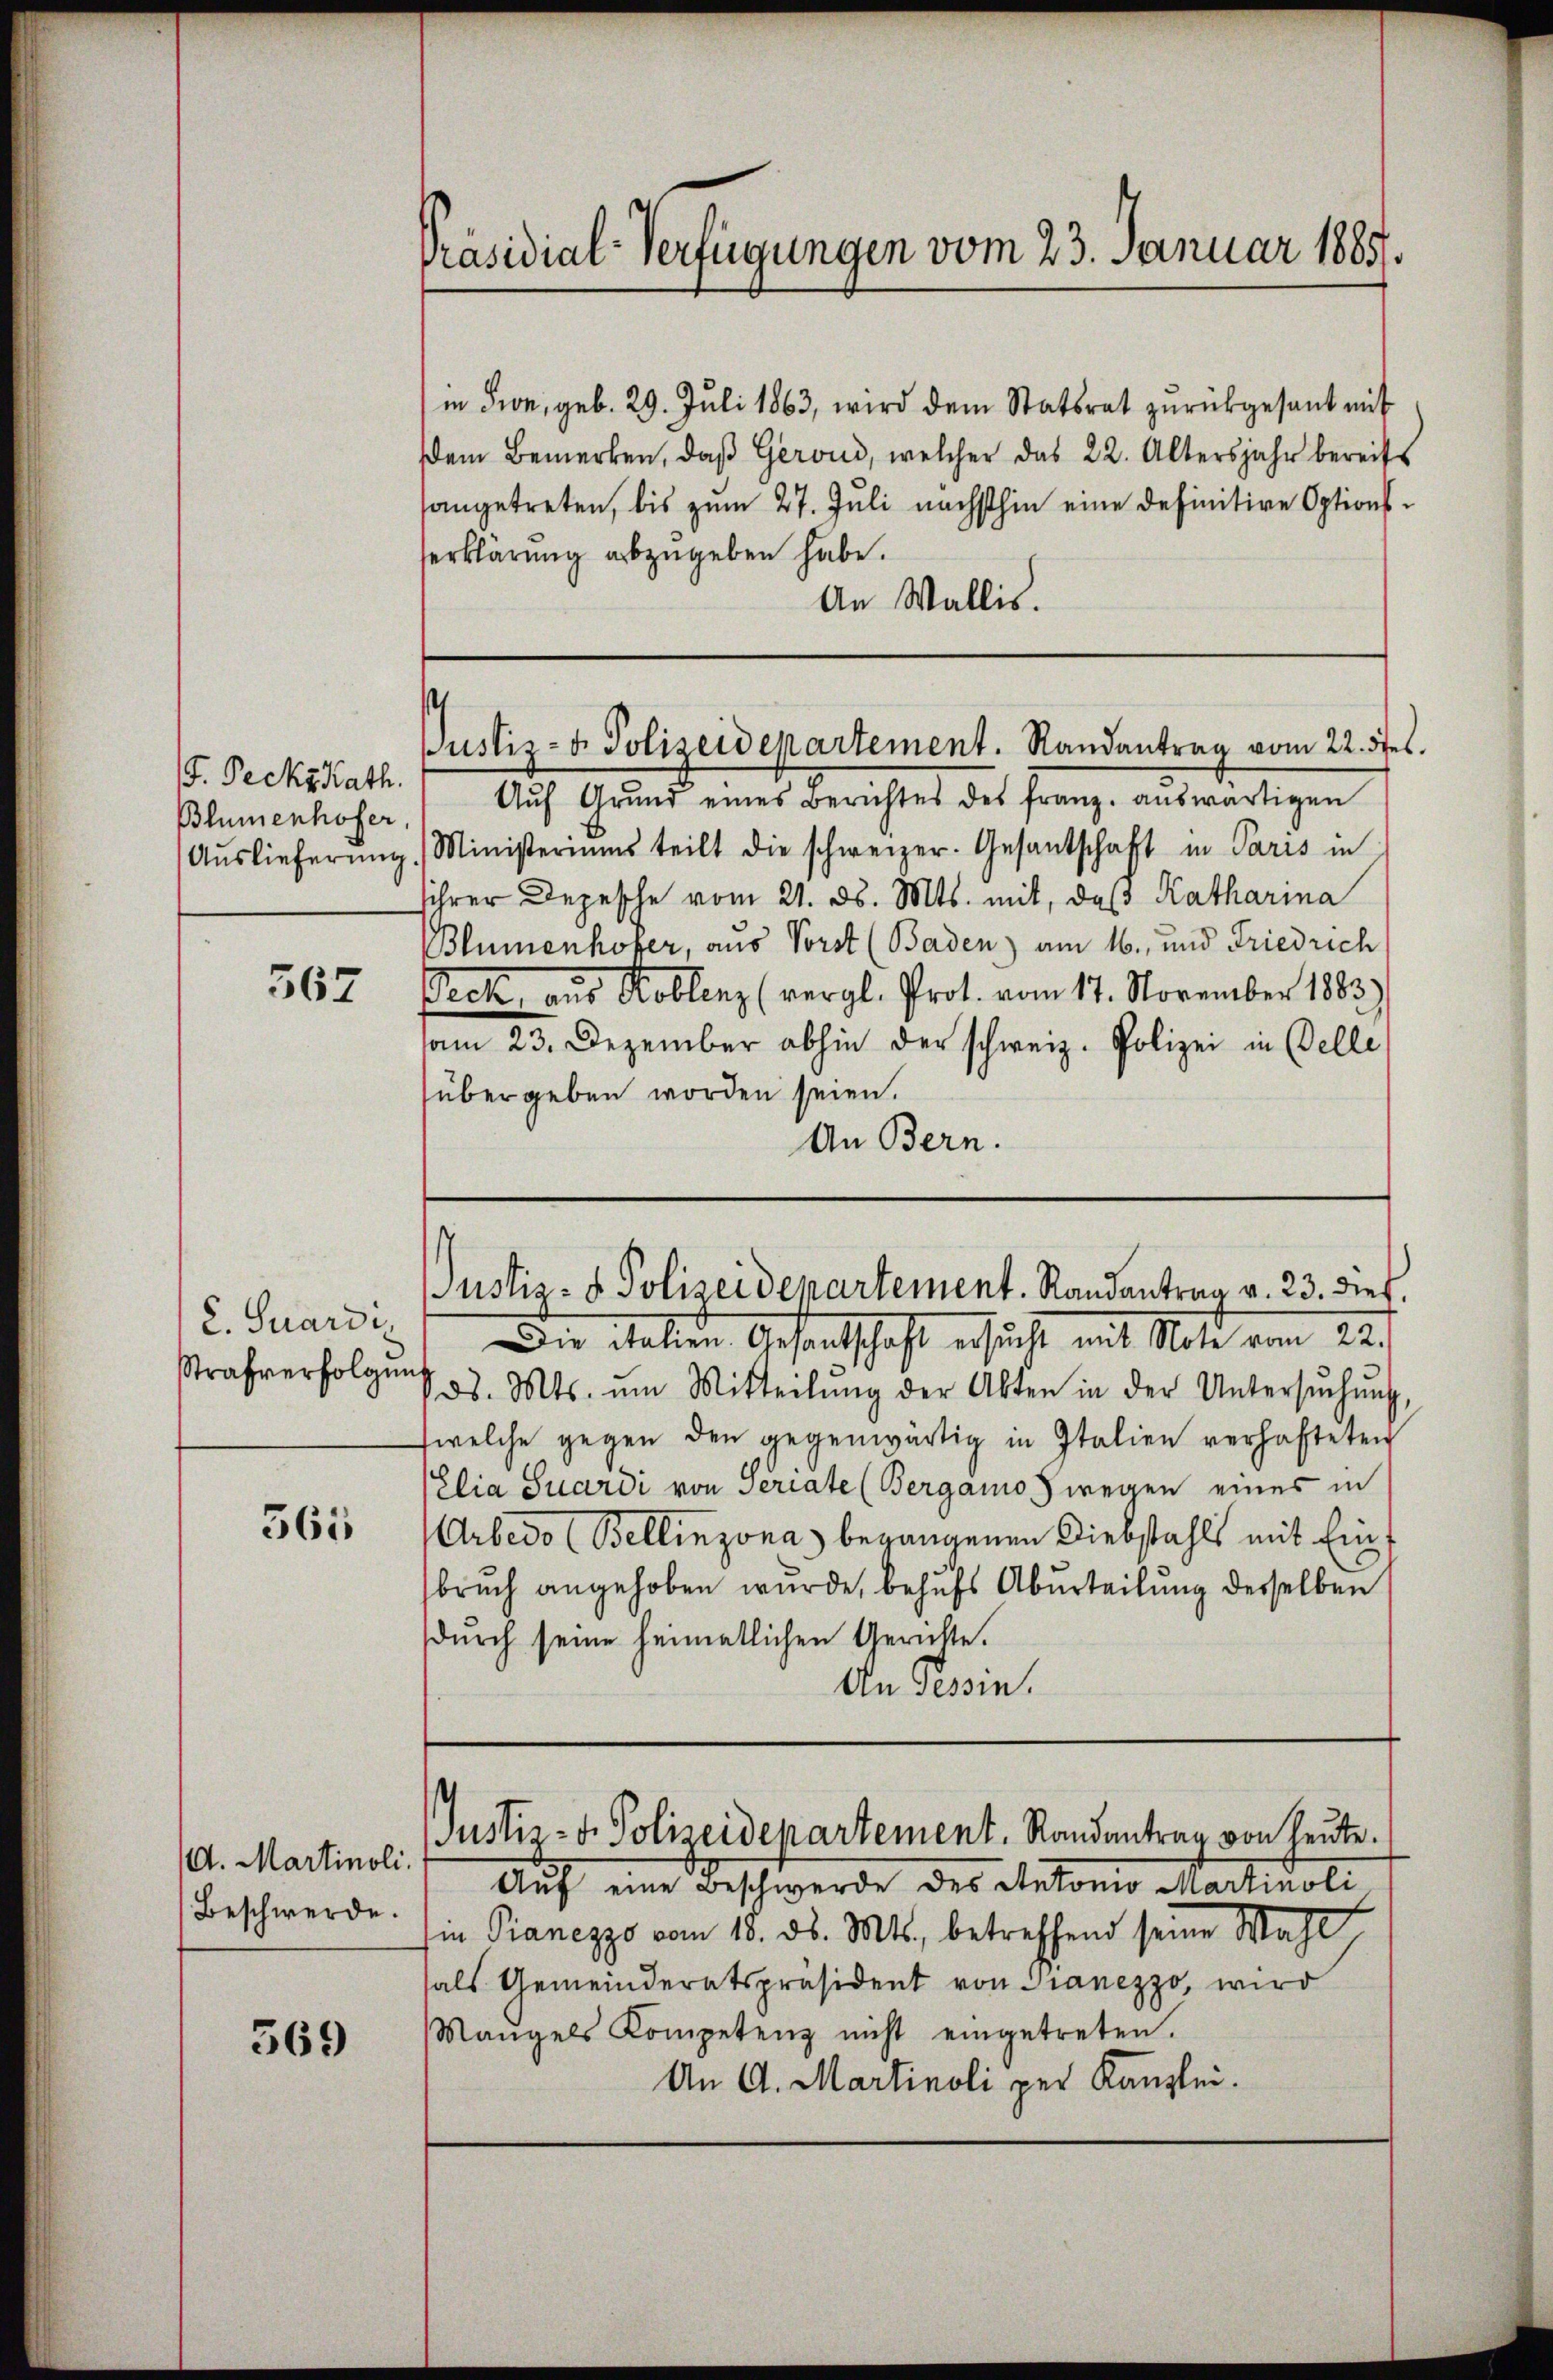
F. Peckt Kath.
Blumenhofer

367

C. Suardin
Strafverfolgung

561

A. Martinoli.
Beschwerde.

369

Präsidial-Verfügungen vom 23. Januar 1885.

in Fron, geb. 29. Juli 1863, wird dem Statsrat zurückgesant mit
Dem Bemerken, daβ Gerond, welcher das 22. Altersjahr bereits
sangetreten, bis zum 27. Juli nächsthin eine definitive Options-
serklärung abzugeben habe.
An Wallis.

Justiz- & Polizeidepartement. Randantrag vom 22. 5tes.

Justiz- & Polizeidepartement. Randantrag v. 23. dies,

Aŭf Grund eines Berichtes des franz. aŭswärtigen
Aŭslieferŭng Ministeriums teilt die schweizer. Gesantschaft in Paris in
ihrer Depesche vom 21. ds. Mts. mit, daß Katharina
Blumenhofer, aus Vorst (Baden) am 16. und Friedrich
eck, aus Koblenz (vergl. Prot. vom 17. November 1883)
am 23. Dezember abhin der schweiz. Polizei in Belle
übergeben worden seien.
An Bern.

Die italien. Gesandschaft ersucht mit Note vom 22.
ds. Mts. um Mitteilŭng der Akten in der Untersŭchŭng,
welche gegen den gegenwärtig in Italien verhafteten
Elia Suardi von Seriate (Bergamo wegen eines in
Arbedo (Bellinzona begangenen Diebstahls mit Einbruch angehoben wurde, behufs Aburteilung derselben
dŭrch seine heimatlichen Gerichte.
An Tessin.

Justiz- u. Polizeidepartement. Randantrag von heute.

Auf eine Beschwerde des Antonio Martinoli
in Pianezzo vom 18. ds. Mts., betreffend seine Wahl
sals Gemeinderatspräsident von Tranezzo, wird
Mangels Kompetenz nicht eingetreten.
An A. Martinoli per Kanzlei.